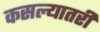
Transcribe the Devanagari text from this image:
कसल्यातरी